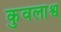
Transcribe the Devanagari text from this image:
कुवलाश्व